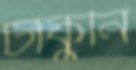
ঢাকুনি